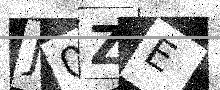
Text: J0ZE